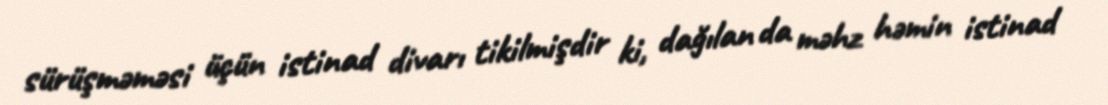
sürüşməməsi üçün istinad divarı tikilmişdir ki, dağılan da məhz həmin istinad